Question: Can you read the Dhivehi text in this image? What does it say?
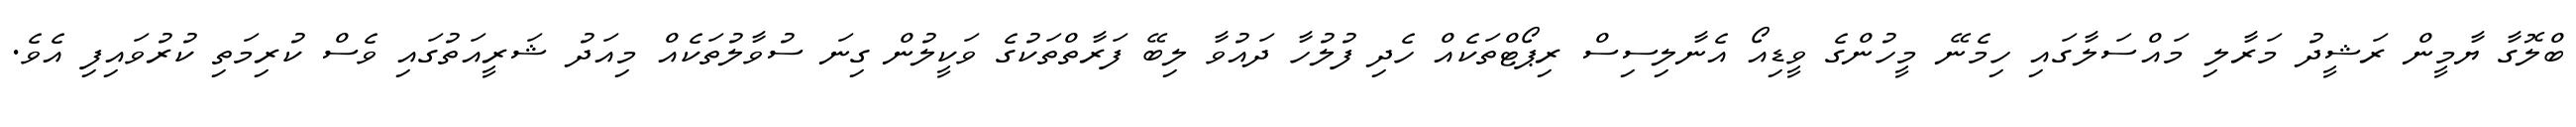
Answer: ބްލޮގާ ޔާމީން ރަޝީދު މަރާލި މައްސަލާގައި ހިމެނޭ މީހުންގެ ވީޑިއޯ އެނާލިސިސް ރިޕޯޓްތަކެއް ހެދި ފުލުހާ ދައުވާ ލިބޭ ފަރާތްތަކުގެ ވަކީލުން ގިނަ ސުވާލުތަކެއް މިއަދު ޝަރީއަތުގައި ވެސް ކުރިމަތި ކުރުވައިފި އެވެ.